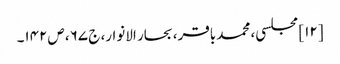
[۱۲] مجلسی، محمد باقر، بحار الانوار، ج‌ ۶۷، ص‌۱۴۲۔